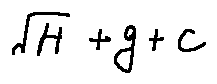
\sqrt { H } + g + c